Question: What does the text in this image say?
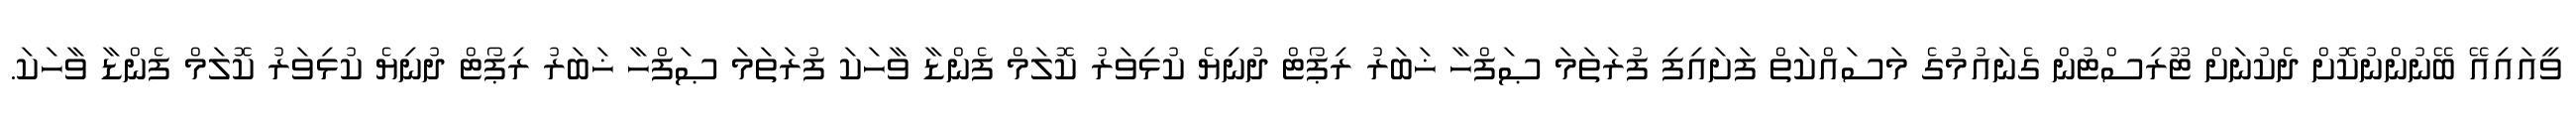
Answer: ވީއައިއޭ ބޭނުންނުކޮށް ދެކުނަށް ޓޫރިސްޓުން ގެނައުމުގެ މަސައްކަތް ފަށައިފި ފުރަތަމަ ޞަފްހާ ޚަބަރު ރިޕޯޓް ދުނިޔެ ކުޅިވަރު ކޮލަމް ފެންޑާ ވާހަކަ ފުރަތަމަ ޞަފްހާ ޚަބަރު ރިޕޯޓް ދުނިޔެ ކުޅިވަރު ކޮލަމް ފެންޑާ ވާހަކަ.